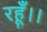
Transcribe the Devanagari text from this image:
रहूँ।।